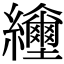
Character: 𦇲